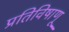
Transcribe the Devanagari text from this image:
प्रतिविषाणू